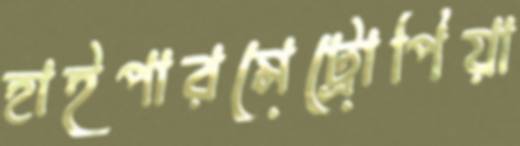
হাইপারমেট্রোপিয়া